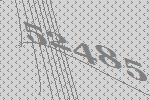
52485